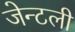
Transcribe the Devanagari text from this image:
जेन्टली